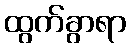
ထွက်ခွာရာ